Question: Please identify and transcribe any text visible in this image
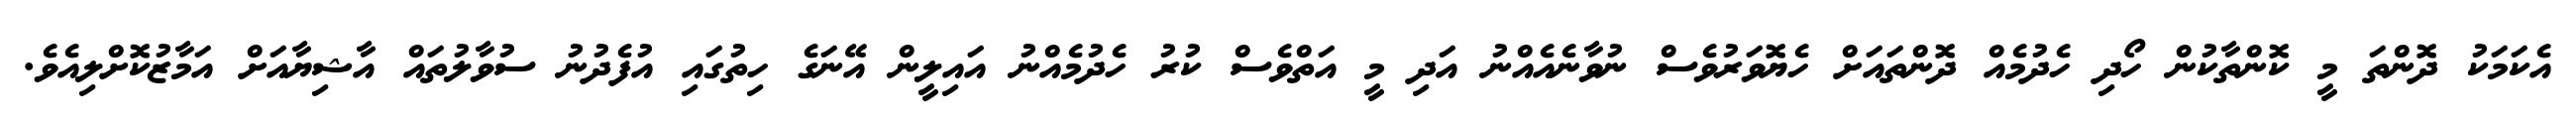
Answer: އެކަމަކު ދޮންތަ މީ ކޮންތާކުން ހޯދި ހެދުމެއް ދޮންތައަށް ހެޔޮވަރުވެސް ނުވާނެއެއްނު އަދި މީ އަތްވެސް ކުރު ހެދުމެއްނު އައިލީން އޭނަގެ ހިތުގައި އުފެދުނު ސުވާލުތައް އާޝިޔާއަށް އަމާޒުކޮށްލިއެވެ.